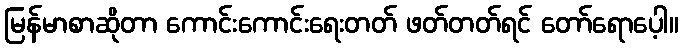
မြန်မာစာဆိုတာ ကောင်းကောင်းရေးတတ် ဖတ်တတ်ရင် တော်ရောပေ့ါ။